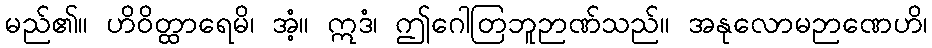
မည်၏။ ဟိဝိတ္ထာရေမိ၊ အံ့။ ဣဒံ၊ ဤဂေါတြဘူဉာဏ်သည်။ အနုလောမဉာဏေဟိ၊